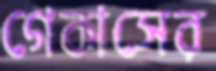
গেকাসের